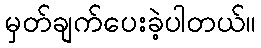
မှတ်ချက်ပေးခဲ့ပါတယ်။